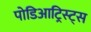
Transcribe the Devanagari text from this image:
पोडिआट्रिस्ट्स